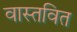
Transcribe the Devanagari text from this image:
वास्तवित